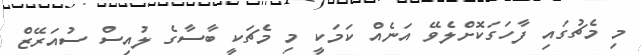
މި މެޗުގައި ފާހަގަކޮށްލެވޭ އަނެއް ކަމަކީ މި މެޗަކީ ބާސާގެ ލުއިސް ސުއަރޭޒް